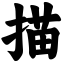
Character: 描